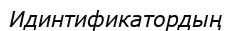
Идинтификатордың